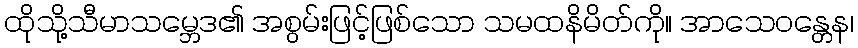
ထိုသို့သီမာသမ္ဘေဒ၏ အစွမ်းဖြင့်ဖြစ်သော သမထနိမိတ်ကို။ အာသေဝန္တေန၊